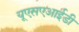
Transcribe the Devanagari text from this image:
यूएसएआईडी